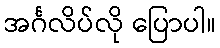
အင်္ဂလိပ်လို ပြောပါ။